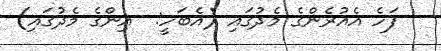
ފަހެ އެއުރެންގެ މެދުގައި (އެބަހީ:  އިންގެ މެދުގައި)